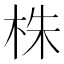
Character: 株